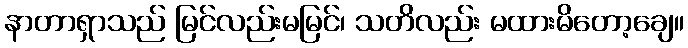
နာတာရှာသည် မြင်လည်းမမြင်၊ သတိလည်း မထားမိတော့ချေ။